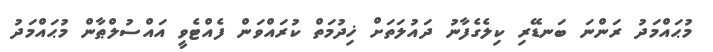
މުޙައްމަދު ރަންނަ ބަނޑޭރި ކިލެގެފާނު ދައުލަތަށް ޚިދުމަތް ކުރައްވަން ފެއްޓެވީ އައްސުލްޠާން މުޙައްމަދު